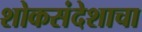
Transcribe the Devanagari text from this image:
शोकसंदेशाचा